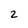
Character: 2